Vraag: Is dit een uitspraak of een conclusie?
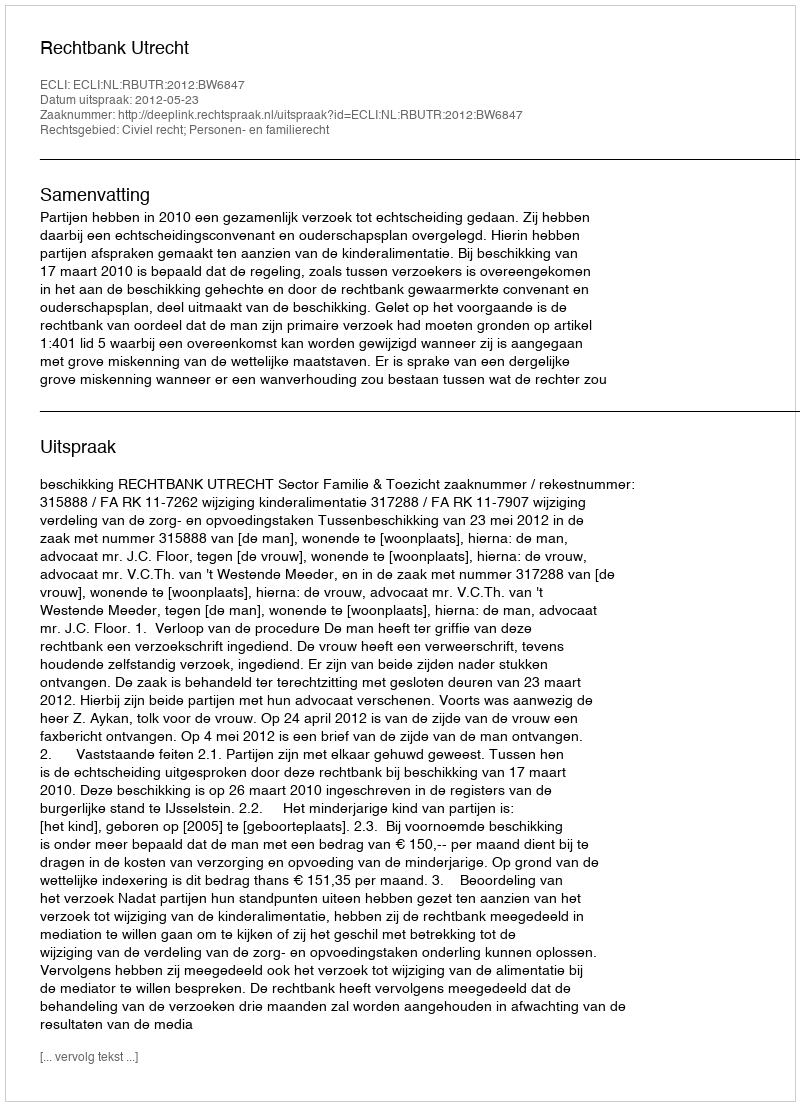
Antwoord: Uitspraak